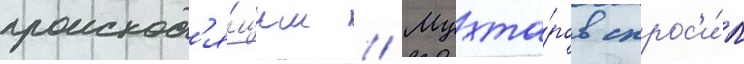
происход'я́щим // Мухта́ров спрос'и́л